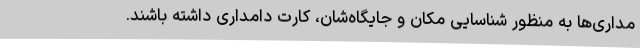
مداری‌ها به منظور شناسایی مکان و جایگاه‌شان، کارت دامداری داشته باشند.